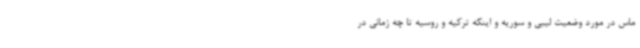
ماس در مورد وضعیت لیبی و سوریه و اینکه ترکیه و روسیه تا چه زمانی در